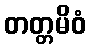
တတ္တမိဝံ